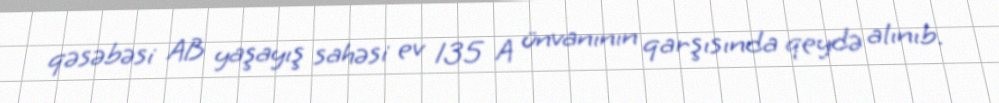
qəsəbəsi AB yaşayış sahəsi ev 135 A ünvanının qarşısında qeydə alınıb.